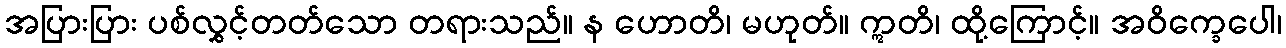
အပြားပြား ပစ်လွှင့်တတ်သော တရားသည်။ န ဟောတိ၊ မဟုတ်။ ဣတိ၊ ထို့ကြောင့်။ အဝိက္ခေပေါ၊